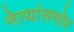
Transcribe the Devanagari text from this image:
नेत्यांसमोर